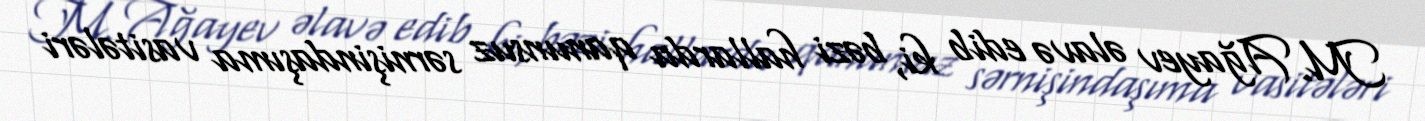
M. Ağayev əlavə edib ki, bəzi hallarda qanunsuz sərnişindaşıma vasitələri